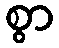
စွာ